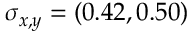
\sigma _ { x , y } = ( 0 . 4 2 , 0 . 5 0 )